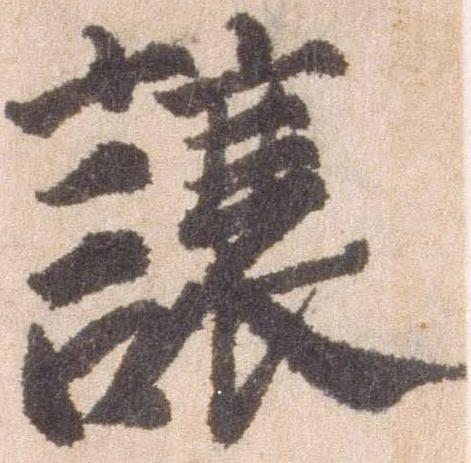
譲